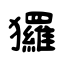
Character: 玀